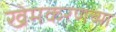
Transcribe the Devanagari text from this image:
खेमकरणच्या